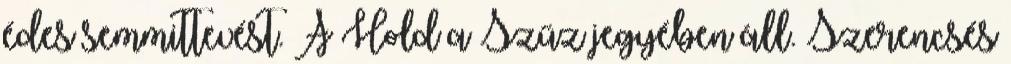
édes semmittevést. A Hold a Szűz jegyében áll. Szerencsés